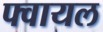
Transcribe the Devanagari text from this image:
फ्वायल